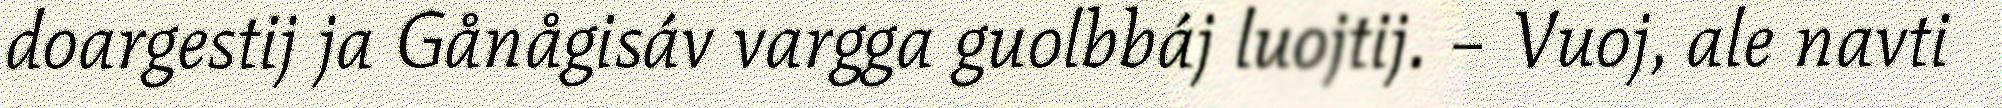
doargestij ja Gånågisáv vargga guolbbáj luojtij. – Vuoj, ale navti